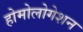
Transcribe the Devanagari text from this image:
होमोलोगेशन